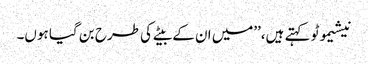
نیشیموٹو کہتے ہیں،’’میں ان کے بیٹے کی طرح بن گیا ہوں۔